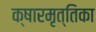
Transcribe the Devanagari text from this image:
क्षारमृत्तिका